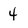
Character: 4